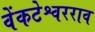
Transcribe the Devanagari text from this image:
वेंकटेश्वरराव